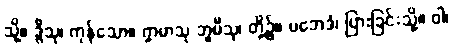
သို့။ ဒွီသု၊ ကုန်သော။ ဣမာသု ဘူမီသု၊ တို့၌။ ပဘေဒံ၊ ပြားခြင်းသို့။ ဝါ၊